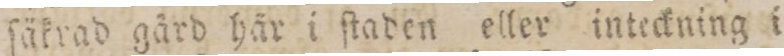
ſäkrad gård här i ſtaden eller inteckning i